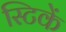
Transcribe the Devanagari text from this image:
स्टिकें